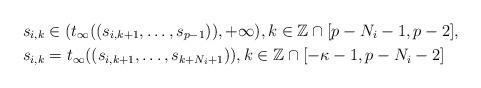
LaTeX: \begin{align*}&s_{i,k} \in (t_{\infty}((s_{i,k+1},\ldots,s_{p-1})),+\infty), k\in\mathbb{Z}\cap [p-N_i-1,p-2],\\&s_{i,k} = t_{\infty}((s_{i,k+1},\ldots,s_{k+N_i+1})), k\in\mathbb{Z}\cap [-\kappa-1,p-N_i-2]\end{align*}